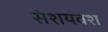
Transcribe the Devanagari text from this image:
संशयवश